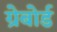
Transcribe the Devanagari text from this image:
ग्रेबोर्ड